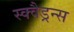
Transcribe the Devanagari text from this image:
स्क्वैड्रन्स